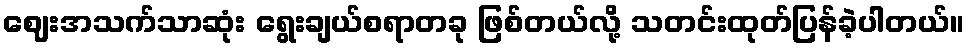
ဈေးအသက်သာဆုံး ရွေးချယ်စရာတခု ဖြစ်တယ်လို့ သတင်းထုတ်ပြန်ခဲ့ပါတယ်။